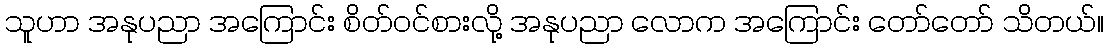
သူဟာ အနုပညာ အကြောင်း စိတ်ဝင်စားလို့ အနုပညာ လောက အကြောင်း တော်တော် သိတယ်။